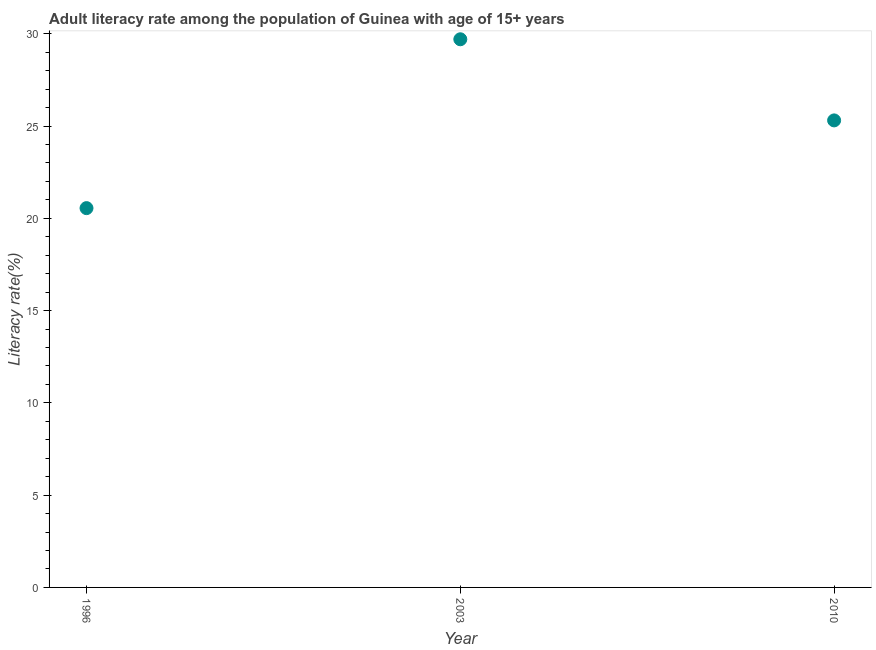
| Year | Adult literacy rate |
 | --- | --- |
 | 1996 | 20.6 |
 | 2003 | 29.7 |
 | 2010 | 25.3 |